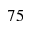
7 5